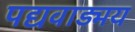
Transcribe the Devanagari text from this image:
पद्यवाड्मय